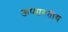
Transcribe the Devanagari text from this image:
ऊष्मागतीय